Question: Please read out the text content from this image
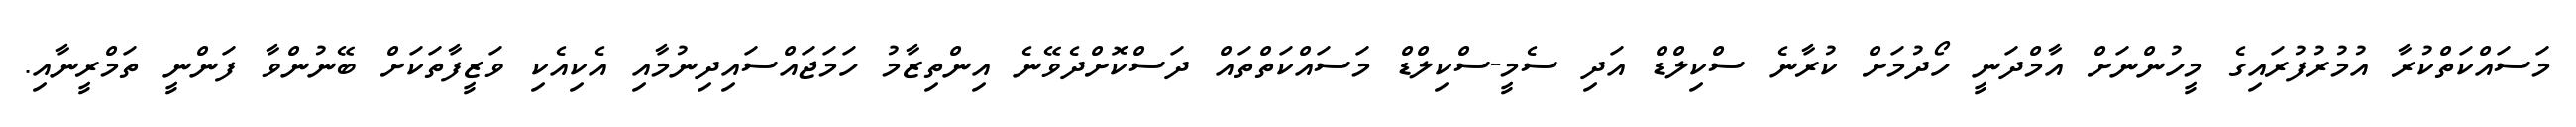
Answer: މަސައްކަތްކުރާ އުމުރުފުރައިގެ މީހުންނަށް އާމްދަނީ ހޯދުމަށް ކުރާނެ ސްކިލްޑް އަދި ސެމީ-ސްކިލްޑް މަސައްކަތްތައް ދަސްކޮށްދެވޭނެ އިންތިޒާމު ހަމަޖައްސައިދިނުމާއި އެކިއެކި ވަޒީފާތަކަށް ބޭނުންވާ ފަންނީ ތަމްރީނާއި.